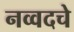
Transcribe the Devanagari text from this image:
नव्वदचे